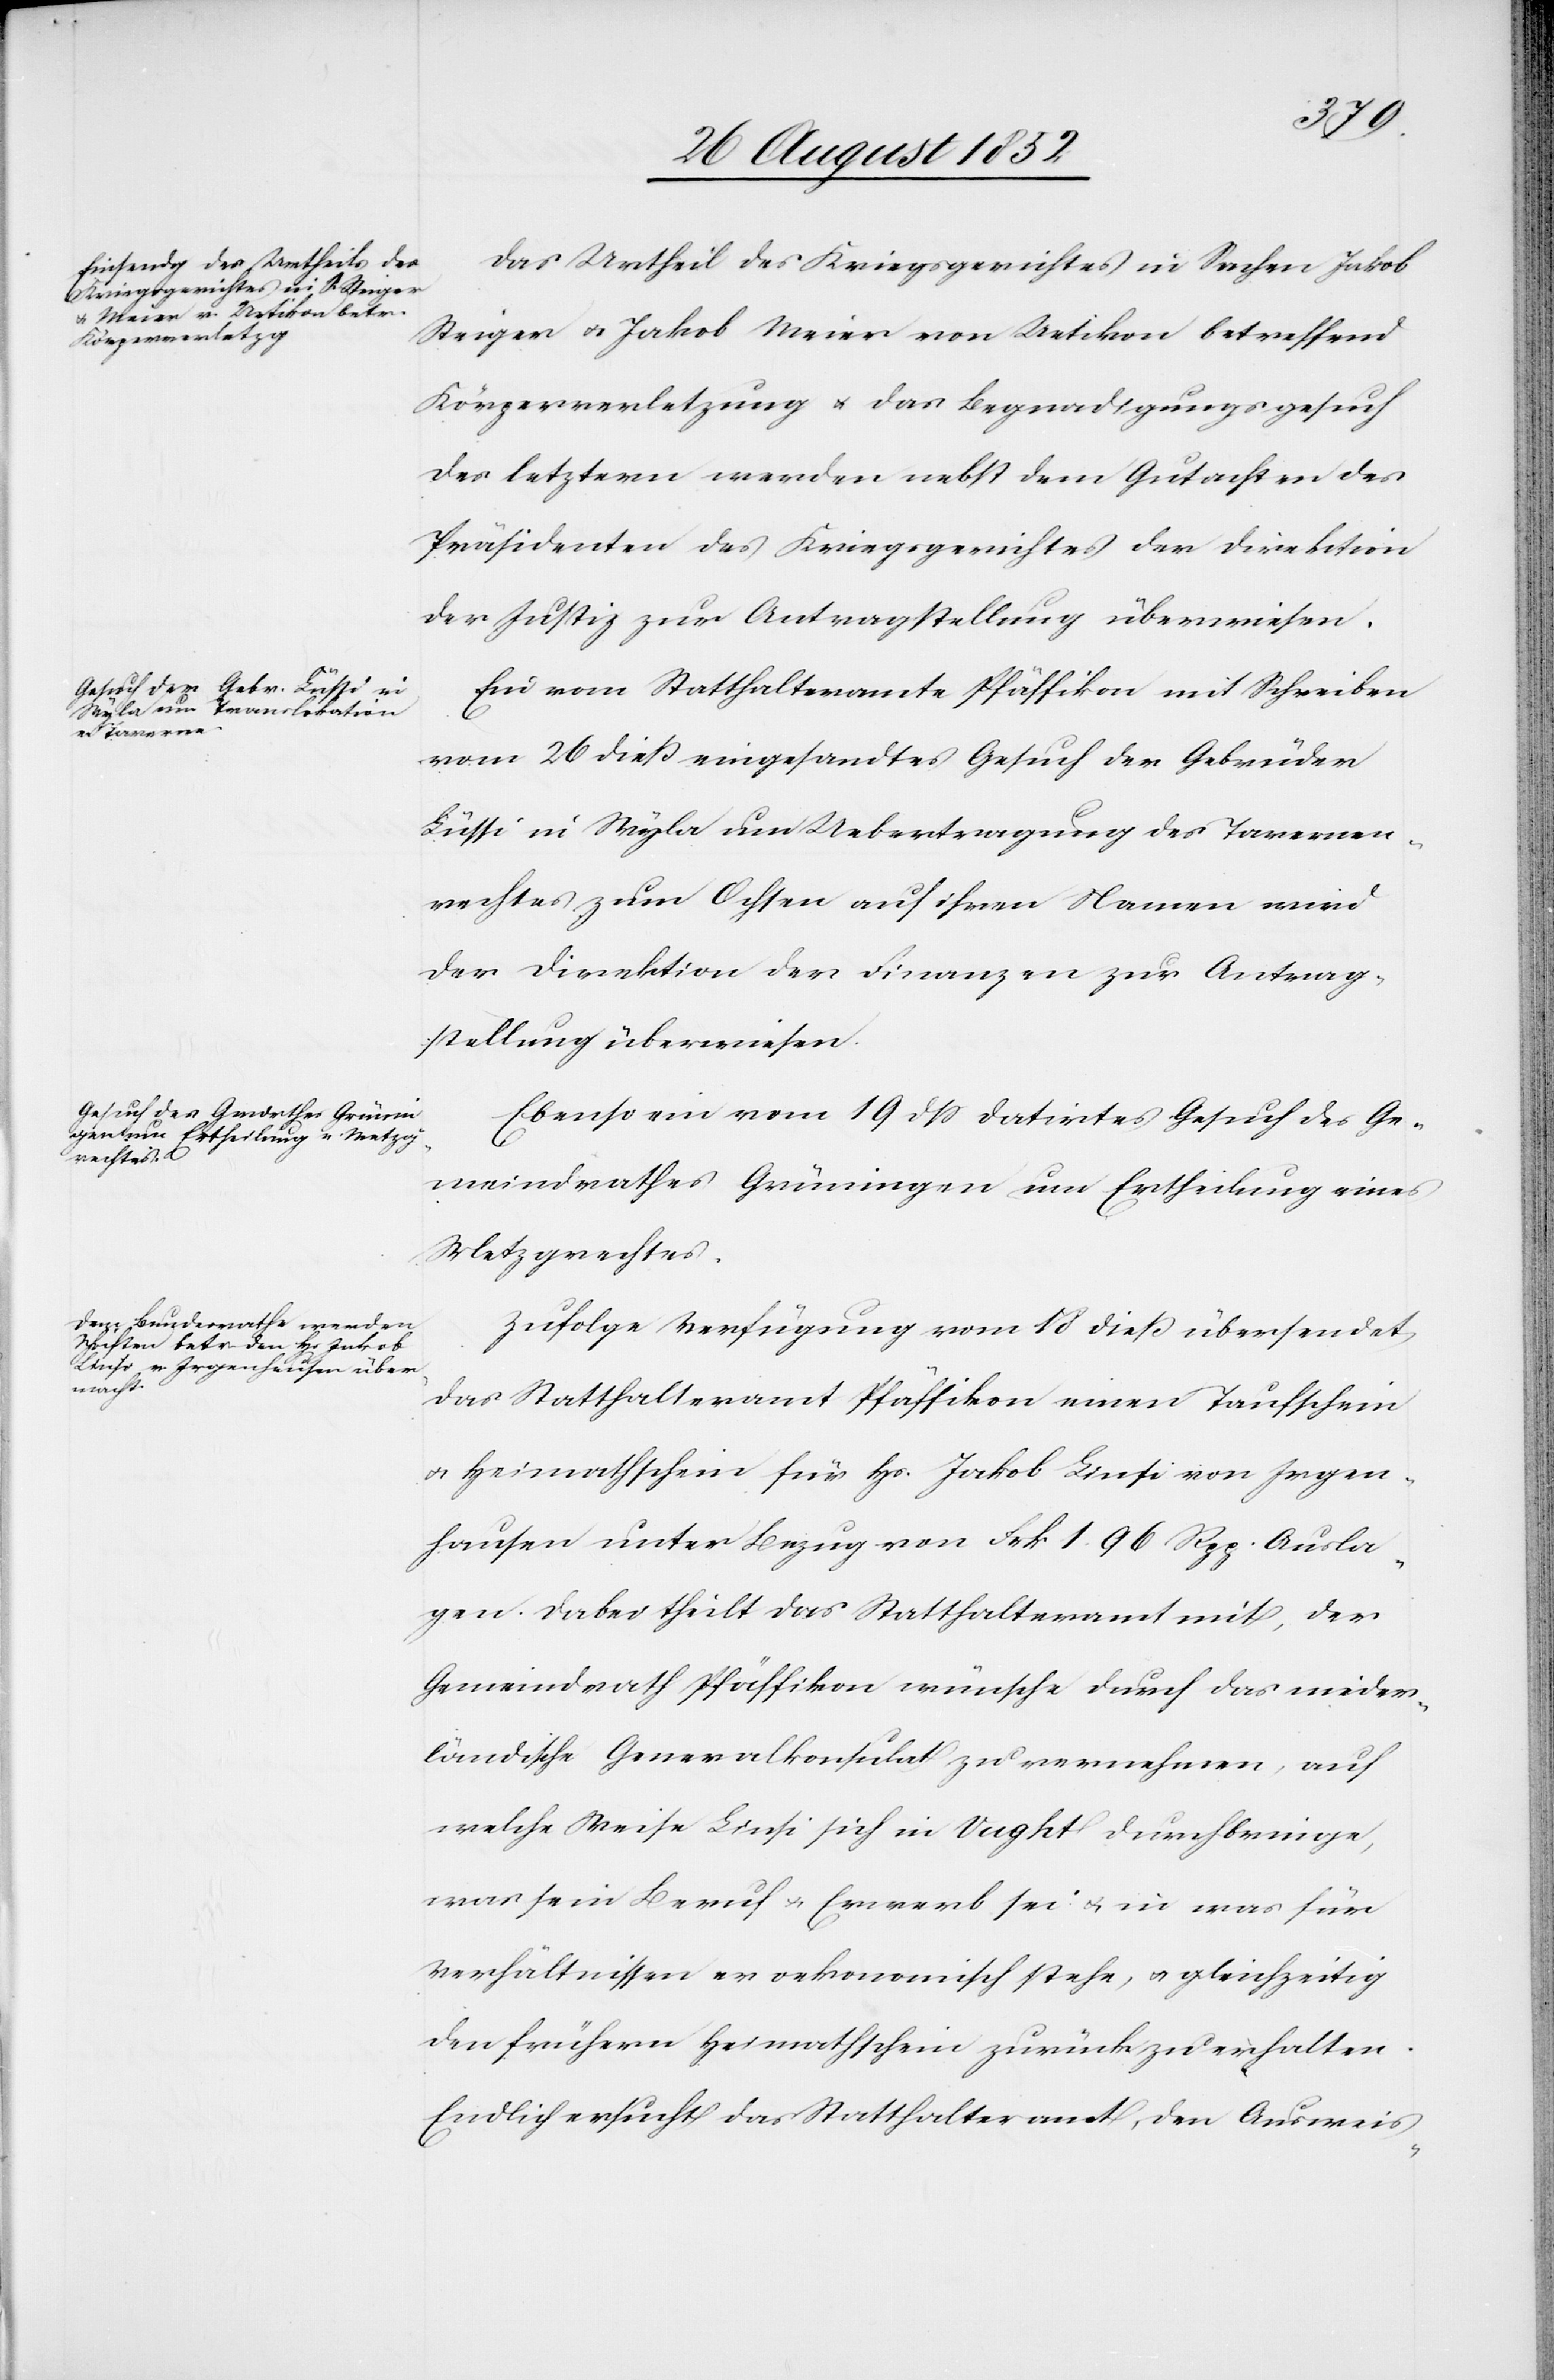
27 August 1852]
Das Urtheil des Kriegsgerichtes in Sachen Jakob
Steiger & Jakob Meier von Uetikon betreffend
Körperverletzung & das Begnadigungsgesuch
des letztern werden nebst dem Gutachten des
Präsidenten des Kriegsgerichtes der Direktion
der Justiz zur Antragstellung überwiesen.
Ein vom Statthalteramte Pfäffikon mit Schreiben
vom 26 dieß eingesandtes Gesuch der Gebrüder
Lüssi in Wyla um Uebertragung des Tavernen¬
rechtes zum Ochsen auf ihren Namen wird
der Direktion der Finanzen zur Antrag¬
stellung überwiesen.
Ebenso ein vom 19 dss datirtes Gesuch des Ge¬
meindrathes Grüningen um Ertheilung eines
Metzgrechtes.
Zufolge Verfügung vom 18 dieß übersendet
das Statthalteramt Pfäffikon einen Taufschein
& Heimathschein für Hs. Jakob Linsi von Irgen¬
hausen unter Bezug von Frk 1. 96 Rpp. Ausla¬
gen. Dabei theilt das Statthalteramt mit, der
Gemeindrath Pfäffikon wünsche durch das nieder¬
ländische Generalkonsulat zu vernehmen, auf
welche Weise Linsi sich in Vught durchbringe,
was sein Beruf & Erwerb sei & in was für
Verhältnissen er oekonomisch stehe, & gleichzeitig
den frühern Heimathschein zurück zu erhalten.
Endlich ersucht das Statthalteramt, den Ausweis-